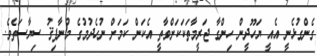
ގެންގުޅެނީ އެއީ ޔަހޫދީން ހިންގާ ޖަރީމާތަކަކަށްވާތީ އެކަން ކަމަށް ނުހެދުމުގެ މުނާފިޤު ސިޔާސަތެވެ.